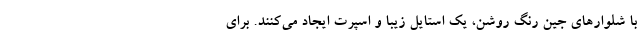
با شلوارهای جین رنگ روشن، یک استایل زیبا و اسپرت ایجاد می‌کنند. برای